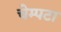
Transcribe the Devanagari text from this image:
चेम्पटा